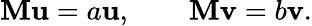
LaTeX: \mathbf{M}\mathbf{{u}}=a\mathbf{{u}},\qquad\mathbf{M}\mathbf{{v}}=b\mathbf{{v}}.